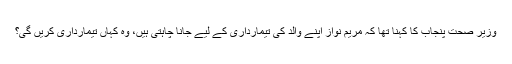
وزیر صحت پنجاب کا کہنا تھا کہ مریم نواز اپنے والد کی تیمارداری کے لیے جانا چاہتی ہیں، وہ کہاں تیمارداری کریں گی؟